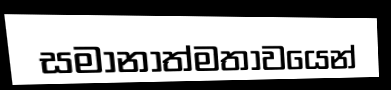
සමානාත්මතාවයෙන්